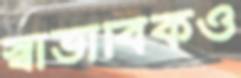
স্বাভাবিকও